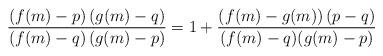
LaTeX: \begin{align*}\frac {(f(m)-p)\,(g(m)-q)}{(f(m)-q)\,(g(m)-p)} &= 1 + \frac { (f(m)- g(m))\,(p-q)} {(f(m)-q)(g(m)-p)} \end{align*}